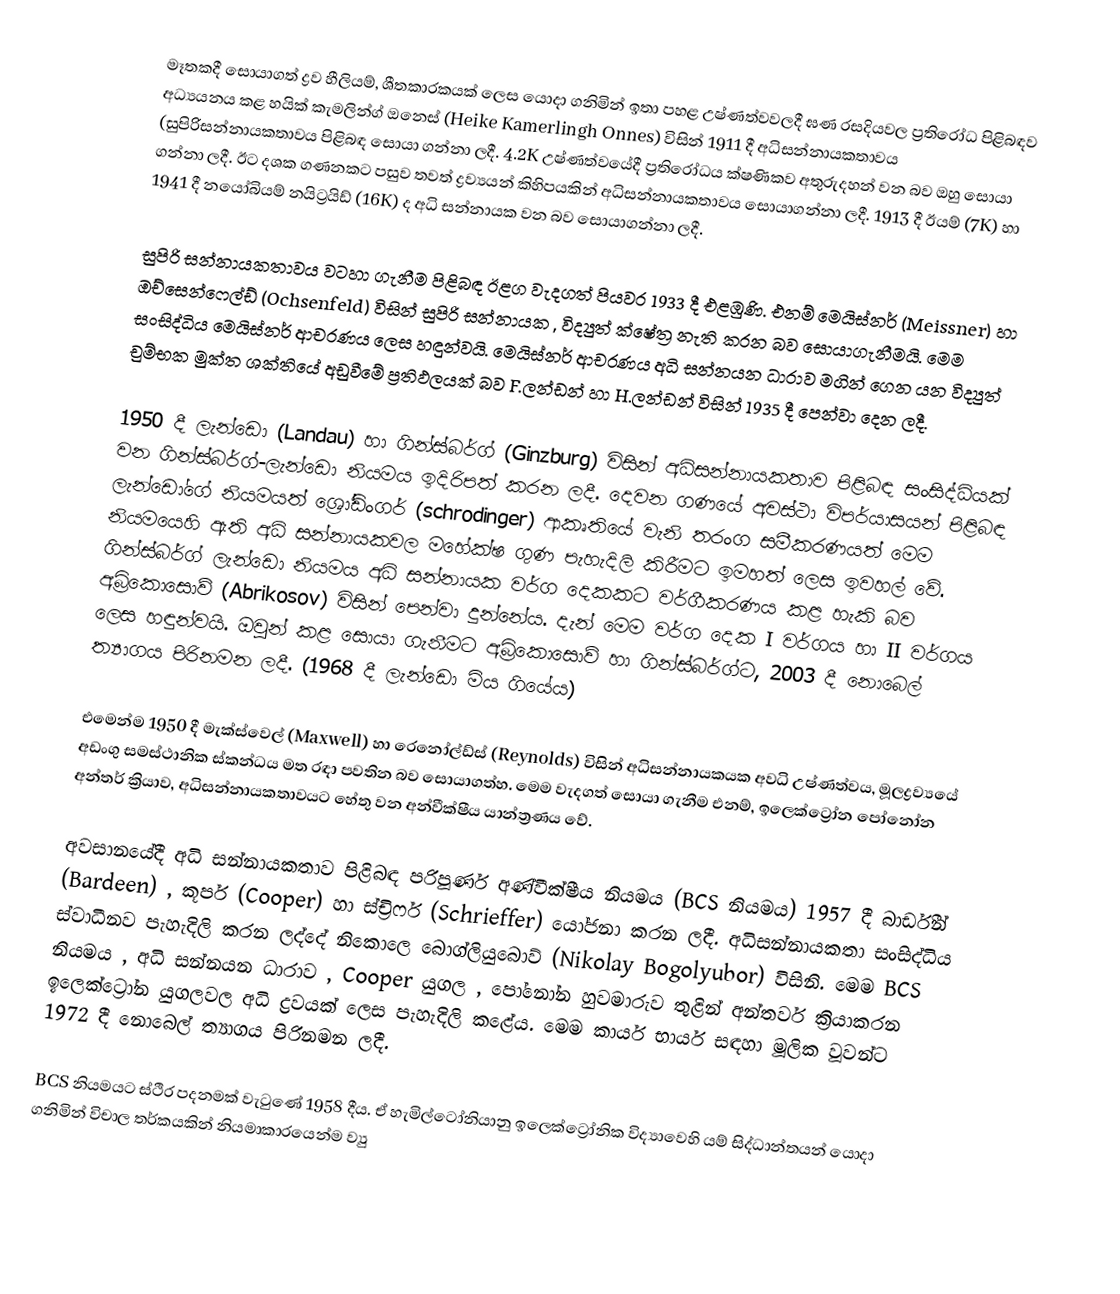
මෑතකදී   සොයාගත් ද්‍රව හීලියම්, ශීතකාරකයක් ලෙස යොදා ගනිමින් ඉතා පහළ උෂ්ණත්වවලදී ඝණ රසදියවල ප්‍රතිරෝධ පිළිබඳව අධ්‍යයනය කළ හයික් කැමලින්ග්  ඔනෙස්  (Heike Kamerlingh Onnes)   විසින් 1911 දී අධිසන්නායකතාවය (සුපිරිසන්නායකතාවය පිළිබඳ සොයා ගන්නා ලදී. 4.2K  උෂ්ණත්වයේදී ප්‍රතිරෝධය ක්ෂණිකව අතුරුදහන් වන බව ඔහු සොයා ගන්නා ලදී. ඊට දශක ගණනකට පසුව තවත් ද්‍රව්‍යයන් කිහිපයකින් අධිසන්නායකතාවය සොයාගන්නා ලදී. 1913 දී ඊයම් (7K) හා 1941 දී නයෝබියම් නයිට්‍රයිඩ් (16K)   ද අධි සන්නායක වන බව සොයාගන්නා ලදී.

සුපිරි සන්නායකතාවය වටහා ගැනීම පිළිබඳ ඊළග වැදගත් පියවර 1933 දී එළඹුණි. එනම් මෙයිස්නර් (Meissner)   හා ඔච්සෙන්ෆෙල්ඩ් (Ochsenfeld) විසින් සුපිරි සන්නායක , විද්‍යුත් ක්ෂේත්‍ර නැති කරන බව සොයාගැනීමයි. මෙම සංසිද්ධිය මෙයිස්නර් ආචරණය ලෙස හඳුන්වයි. මෙයිස්නර් ආචරණය අධි සන්නයන ධාරාව මගින් ගෙන යන විද්‍යුත් චුම්භක මුක්ත ශක්තියේ අඩු‍වීමේ ප්‍රතිඵලයක් බව F.ලන්ඩන් හා H.ලන්ඩන් විසින් 1935 දී පෙන්වා දෙන ලදී.

1950 දී ලැන්ඩො (Landau) හා ගින්ස්බර්ග් (Ginzburg) විසින් අධිසන්නායකතාව පිළිබඳ සංසිද්ධියක් වන ගින්ස්බර්ග්-ලැන්ඩො නියමය ඉදිරිපත් කරන  ලදී. දෙවන ගණයේ අවස්ථා විපර්යාසයන් පිළිබඳ ලැන්ඩෝගේ නියම‍යත් ශ්‍රෝඩිංගර් (schrodinger) ආකෘතියේ වැනි තරංග සමීකරණයත් මෙම නියමයෙහි ඇති අධි සන්නායකවල මහේක්ෂ ගුණ පැහැදිලි කිරීමට ඉමහත් ලෙස ඉවහල් වේ. ගින්ස්බර්ග් ලැන්ඩො නියමය අධි සන්නායක වර්ග දෙකකට වර්ගීකරණය කළ හැකි බව අබ්‍රිකොසොව් (Abrikosov) විසින් පෙන්වා දු‍න්නේය. දැන් මෙම වර්ග දෙක  I  වර්ගය හා II වර්ගය ලෙස හඳුන්වයි. ඔවුන් කළ සොයා ගැනීමට අබ්‍රිකොසොව් හා ගින්ස්බර්ග්ට, 2003 දී නොබෙල් ත්‍යාගය පිරිනමන ලදී. (1968 දී ලැන්ඩො මිය ගියේය)

එමෙන්ම 1950 දී මැක්ස්වෙල්  (Maxwell) හා රෙනෝල්ඩ්ස් (Reynolds) විසින්  අධිසන්නායකයක අවධි උෂ්ණත්වය, ම‍ූලද්‍රව්‍යයේ අඩංගු සමස්ථානික ස්කන්ධය මත රඳා පවතින බව සොයාගත්හ. මෙම වැදගත්  සොයා ගැනීම එනම්, ඉලෙක්ට්‍රෝන පෝ‍නෝන අන්තර් ක්‍රියාව, අධිසන්නායකතාවයට හේතු වන අන්වීක්ෂීය යාන්ත්‍රණය වේ.

අවසානයේදී අධි සන්නායකතාව පිළිබඳ පරිපූර්ණ අණ්වීක්ෂීය නියමය  (BCS  නියමය) 1957 දී බාර්ඩීන් (Bardeen)  , කූපර් (Cooper) හා ස්ච්‍රිෆර් (Schrieffer)  යෝජනා කරන ලදී. අධිසන්නායකතා සංසිද්ධිය  ස්වාධීනව පැහැදිලි කරන ලද්දේ නිකොලෙ බොග්ලියුබොව් (Nikolay Bogolyubor) විසිනි. මෙම  BCS  නියමය  , අධි සන්නයන ධාරාව , Cooper යුගල , පෝනෝන හුවමාරුව  තුළින්  අන්තර්ව ක්‍රියාකරන ඉලෙක්ට්‍රෝන යුගලවල අධි ද්‍රවයක් ලෙස පැහැදිලි කළේය. මෙම කාර්ය භාර්ය සඳහා මූලික වූවන්ට 1972 දී නොබෙල් ත්‍යාගය පිරිනමන ලදී.

BCS  නියමයට  ස්ථිර පදනමක් වැටුණේ 1958 දීය. ඒ හැමිල්ටෝනියානු ඉලෙක්ට්‍රෝනික විද්‍යාවෙහි යම් සිද්ධාන්තයන් යොදා ගනිමින් විචාල තර්කයකින් නියමාකාරයෙන්ම ව්‍යු